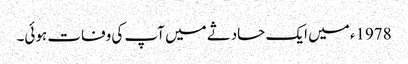
1978ء میں ایک حادثے میں آپ کی وفات ہوئی۔